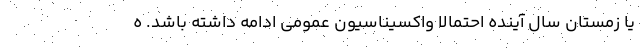
یا زمستان سال آینده احتمالا واکسیناسیون عمومی ادامه داشته باشد. ه